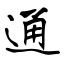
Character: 通